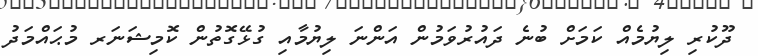
ދޫކުރި ލިޔުމެއް ކަމަށް ބުނެ ދައުރުވަމުން އަންނަ ލިޔުމާއި ގުޅޭގޮތުން ކޮމިޝަނަރ މުޙައްމަދު